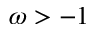
\omega > - 1